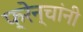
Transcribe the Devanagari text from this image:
फ्रेन्चांनी